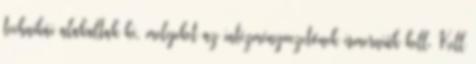
technikái alakultak ki, melyeket az intézményvezetőnek ismerniük kell. Kell